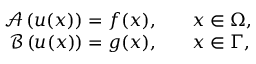
\begin{array} { r l } { \boldsymbol { \mathcal { A } } \left( \boldsymbol { u } ( \boldsymbol { x } ) \right) = \boldsymbol { f } ( \boldsymbol { x } ) , \quad } & { \boldsymbol { x } \in \Omega , } \\ { \boldsymbol { \mathcal { B } } \left( \boldsymbol { u } ( \boldsymbol { x } ) \right) = \boldsymbol { g } ( \boldsymbol { x } ) , \quad } & { \boldsymbol { x } \in \Gamma , } \end{array}